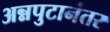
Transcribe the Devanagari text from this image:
अन्नपुटानंतर